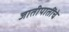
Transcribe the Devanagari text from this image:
जातीपातींचे